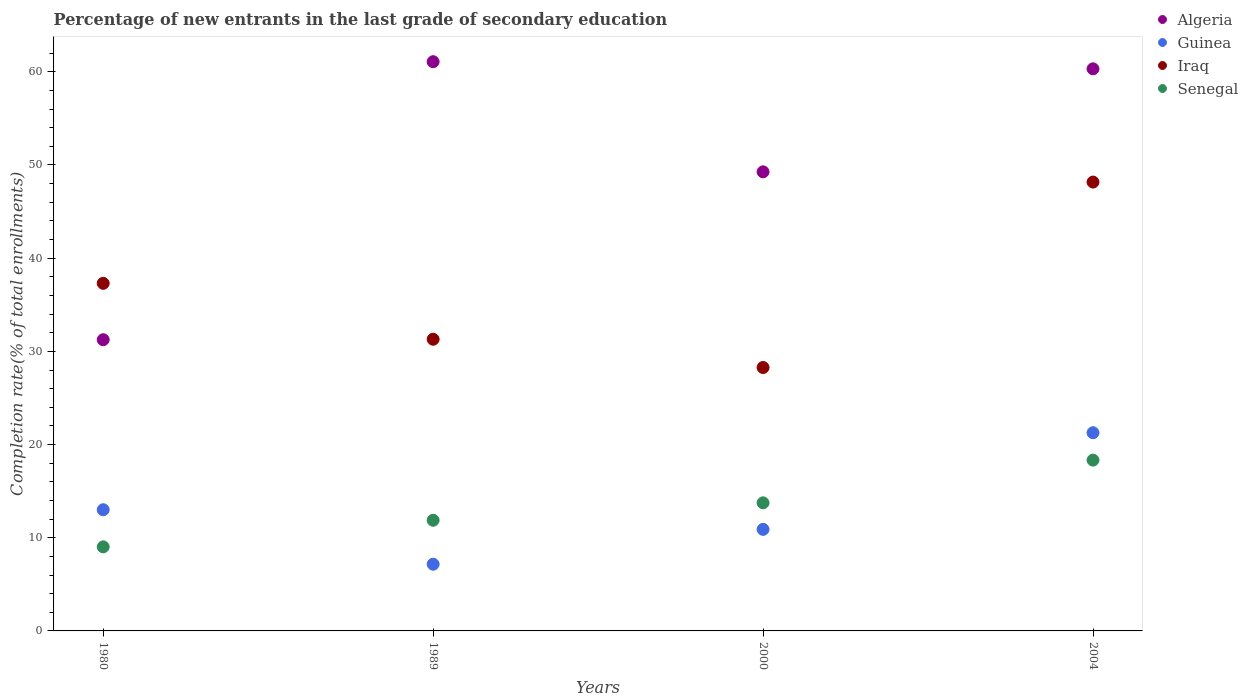
| Years | Algeria | Guinea | Iraq | Senegal |
 | --- | --- | --- | --- | --- |
 | 1980 | 31.2 | 13 | 37.3 | 9.02 |
 | 1989 | 61.1 | 7.16 | 31.3 | 11.9 |
 | 2000 | 49.3 | 10.9 | 28.3 | 13.7 |
 | 2004 | 60.3 | 21.3 | 48.2 | 18.3 |